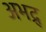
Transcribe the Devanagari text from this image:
अभद्र्